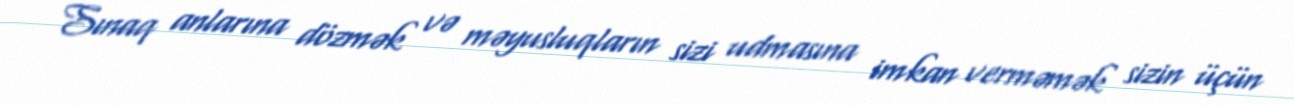
Sınaq anlarına dözmək və məyusluqların sizi udmasına imkan verməmək sizin üçün